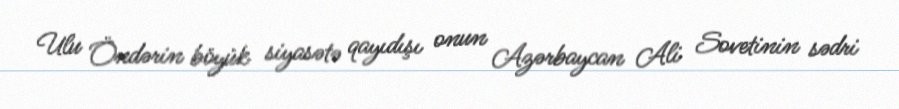
Ulu Öndərin böyük siyasətə qayıdışı onun Azərbaycan Ali Sovetinin sədri